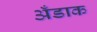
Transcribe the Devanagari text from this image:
अँडाक